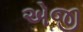
એજી